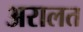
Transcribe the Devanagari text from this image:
अरालत